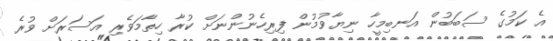
އެ ކަމުގެ ސަބަބުން އަނބިމީހާ ނިޔާވުމުން ފިރިހެނުންނަށް ކުރާ ހިތާމަވެރި އަސަރަށް ވުރެ